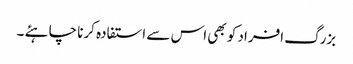
بزرگ افراد کو بھی اس سے استفادہ کرنا چاہئے ۔